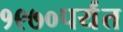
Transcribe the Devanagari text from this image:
१९७०पर्यंत